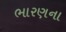
ભારણના